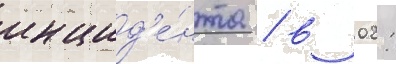
инцид'е́нта / в 02: